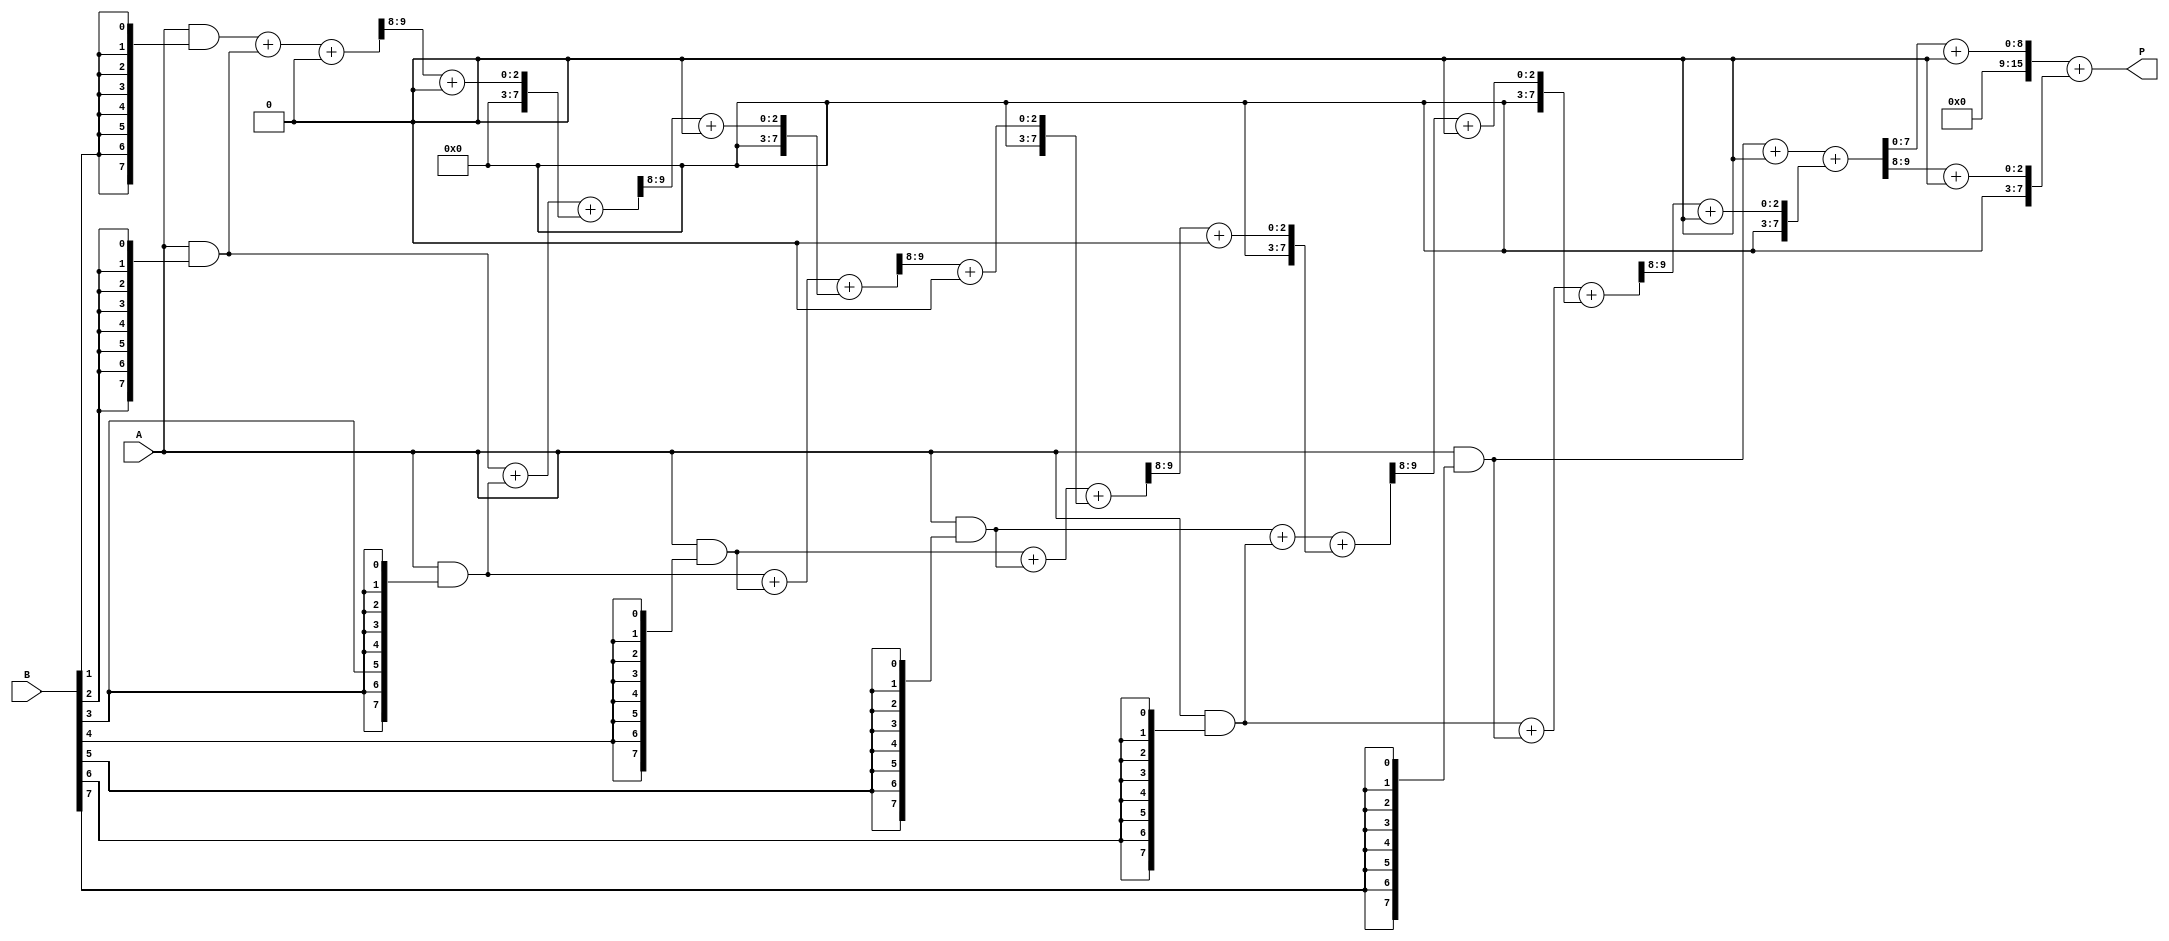
module AdaptiveWallaceTreeMultiplier #(parameter N = 8) (
    input [N-1:0] A, // Multiplicand
    input [N-1:0] B, // Multiplier
    output reg [2*N-1:0] P // Product
);

    // Partial Product Generation
    wire [N-1:0] pp [0:N-1]; // Partial products

    genvar i, j;
    generate
        for (i = 0; i < N; i = i + 1) begin : pp_gen
            assign pp[i] = A & {N{B[i]}}; // ANDing each bit of B with A
        end
    endgenerate

    // Wallace Tree Reduction
    wire [2*N-1:0] sum [0:N-1]; // Sums at each level
    wire [N-1:0] carry [0:N-1]; // Carries at each level

    // Initial level (partial products)
    assign sum[0] = {pp[0], 1'b0}; // First partial product with zero padding
    assign carry[0] = 0;

    // Wallace Tree Reduction Logic
    generate
        for (i = 1; i < N; i = i + 1) begin : reduction
            wire [N-1:0] a, b, c;
            assign a = pp[i];
            assign b = (i + 1 < N) ? pp[i + 1] : 0;
            assign c = (i + 2 < N) ? pp[i + 2] : 0;

            // Full adder and half adder logic
            wire [N-1:0] sum_ab, carry_ab;
            wire [N-1:0] sum_ac, carry_ac;

            // Full Adder for a and b
            assign {carry_ab, sum_ab} = a + b + carry[i-1];

            // Half Adder for sum_ab and c
            assign {carry_ac, sum[i]} = sum_ab + c;

            // Store carry for the next level
            assign carry[i] = carry_ab + carry_ac;
        end
    endgenerate

    // Final Summation
    always @(*) begin
        // Final summation of the last two levels
        P = sum[N-1] + carry[N-1];
    end

endmodule